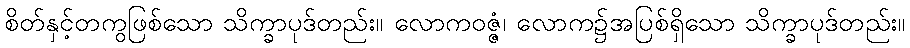
စိတ်နှင့်တကွဖြစ်သော သိက္ခာပုဒ်တည်း။ လောကဝဇ္ဇံ၊ လောက၌အပြစ်ရှိသော သိက္ခာပုဒ်တည်း။